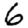
Digit: 6